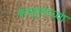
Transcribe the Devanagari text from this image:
कालुगाच्या